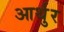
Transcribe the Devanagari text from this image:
आर्थुर